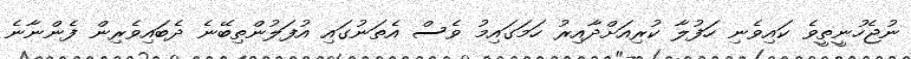
ނުޖެހުނީތީވެ ކައިވެނި ހަފުލާ ކުރިއަށްދާއިރު ހަމަގައިމު ވެސް އެތަނުގައި އުފަލުންތިބޭނެ ދެބައިވެރިން ފެންނާނެ